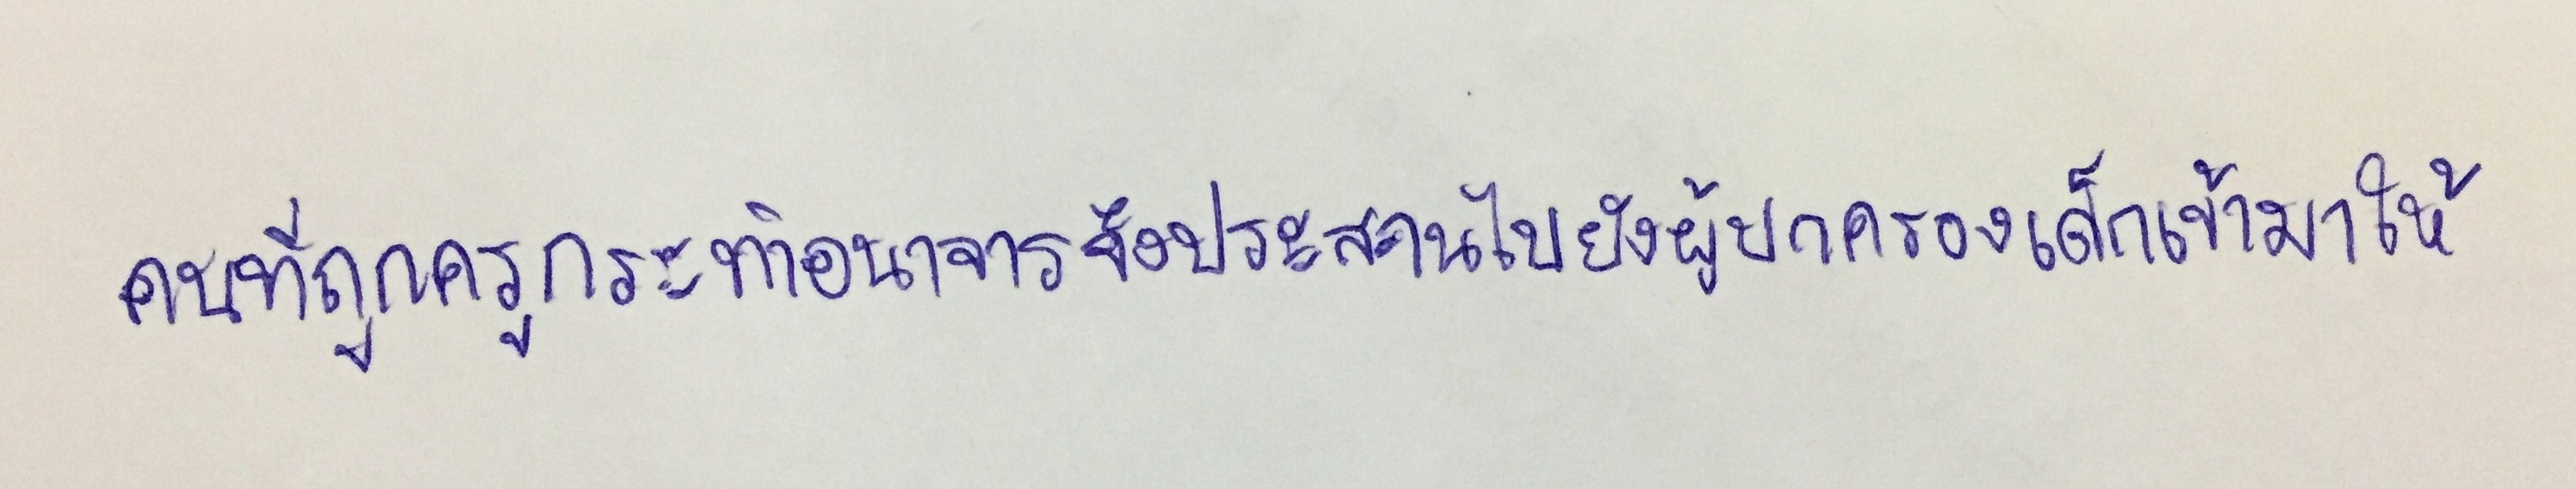
คนที่ถูกครูกระทำอนาจารจึงจะประสานไปยังผู้ปกครองเด็กเข้ามาให้